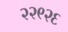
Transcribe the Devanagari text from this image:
२२९२६